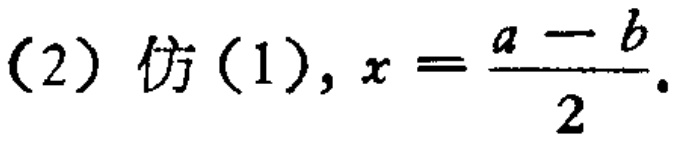
(2) 仿(1), \(x = \frac{a - b}{2}\).